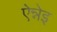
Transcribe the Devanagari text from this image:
ऐन्नेइ